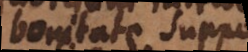
bonitate supponat,